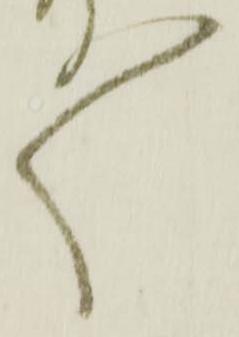
々